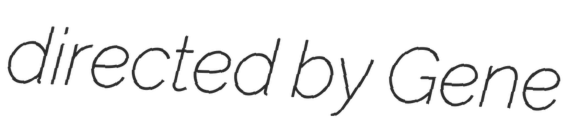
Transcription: directed by Gene